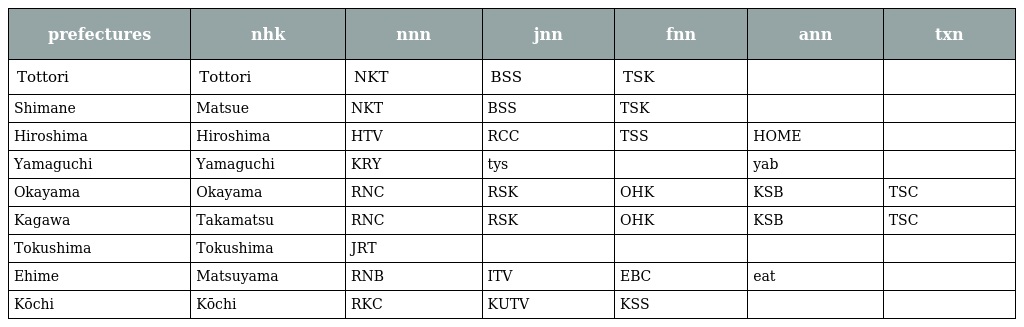
| prefectures | nhk | nnn | jnn | fnn | ann | txn |
 | --- | --- | --- | --- | --- | --- | --- |
 | Tottori | Tottori | NKT | BSS | TSK |  |  |
 | Shimane | Matsue | NKT | BSS | TSK |  |  |
 | Hiroshima | Hiroshima | HTV | RCC | TSS | HOME |  |
 | Yamaguchi | Yamaguchi | KRY | tys |  | yab |  |
 | Okayama | Okayama | RNC | RSK | OHK | KSB | TSC |
 | Kagawa | Takamatsu | RNC | RSK | OHK | KSB | TSC |
 | Tokushima | Tokushima | JRT |  |  |  |  |
 | Ehime | Matsuyama | RNB | ITV | EBC | eat |  |
 | Kōchi | Kōchi | RKC | KUTV | KSS |  |  |